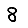
Digit: 8